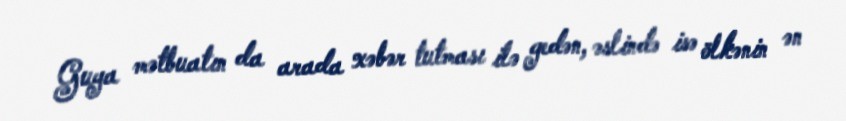
Guya mətbuatın da arada xəbər tutması ilə gedən, əslində isə ölkənin ən